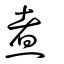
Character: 煑